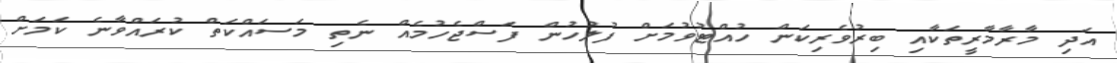
އަދި މާރާމާރީތަކާއި ބިރުވެރިކަން ހުއްޓުވުމަށް ފުލުހުން ފަސްޖެހުމެއް ނެތި މަސައްކަތް ކުރައްވާނެ ކަމަށް